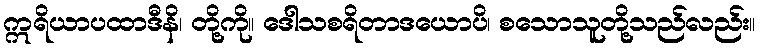
ဣရိယာပထာဒီနိ၊ တို့ကို။ ဒေါသစရိတာဒယောပိ၊ စသောသူတို့သည်လည်း။